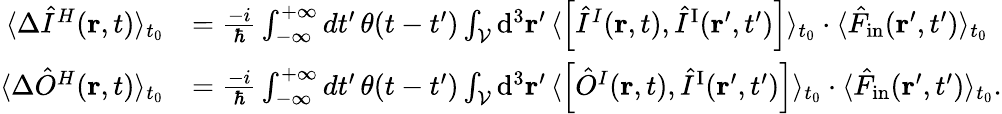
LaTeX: \begin{array}{rl}{\langle\Delta\hat{I}^{H}({\mathbf r},t)\rangle_{t_{0}}}&{=\frac{-i}{\hbar}\int_{-\infty}^{+\infty}dt^{\prime}\, \theta(t-t^{\prime})\int_{\cal V}\mathrm{d}^{3}{\mathbf r}^{\prime}\, \langle\left[\hat{I}^{I}({\mathbf r},t),\hat{I}^{\mathrm{I}}({\mathbf r}^{\prime},t^{\prime})\right]\rangle_{t_{0}}\cdot\langle\hat{F}_{\mathrm{in}}({\mathbf r}^{\prime},t^{\prime})\rangle_{t_{0}}}\\ {\langle\Delta\hat{O}^{H}({\mathbf r},t)\rangle_{t_{0}}}&{=\frac{-i}{\hbar}\int_{-\infty}^{+\infty}dt^{\prime}\, \theta(t-t^{\prime})\int_{\cal V}\mathrm{d}^{3}{\mathbf r}^{\prime}\, \langle\left[\hat{O}^{I}({\mathbf r},t),\hat{I}^{\mathrm{I}}({\mathbf r}^{\prime},t^{\prime})\right]\rangle_{t_{0}}\cdot\langle\hat{F}_{\mathrm{in}}({\mathbf r}^{\prime},t^{\prime})\rangle_{t_{0}}.}\end{array}